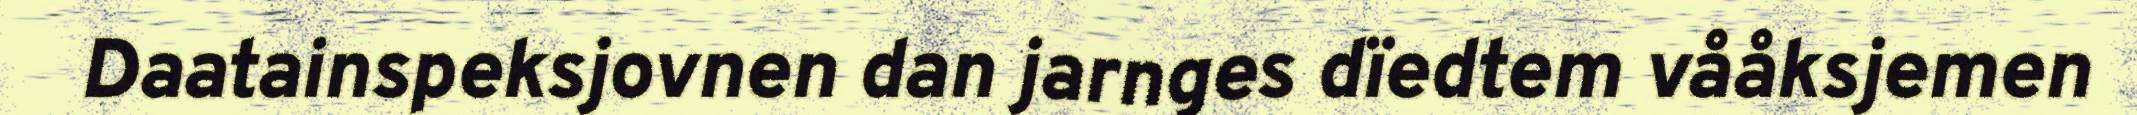
Daatainspeksjovnen dan jarnges dïedtem vååksjemen